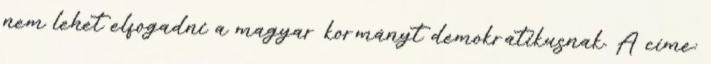
nem lehet elfogadni a magyar kormányt demokratikusnak. A címe: